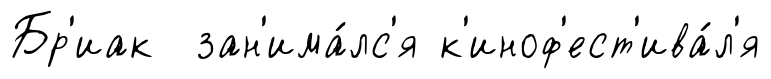
Бр'иак зан'има́лс'я к'иноф'ест'ива́л'я